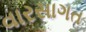
વારસાગત